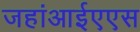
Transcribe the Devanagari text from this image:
जहांआईएएस